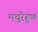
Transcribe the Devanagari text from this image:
मथूरेहूण